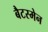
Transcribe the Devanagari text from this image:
बैटस्मेन